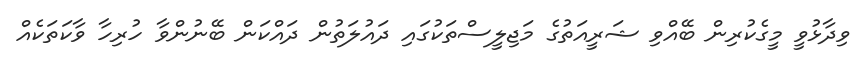
ވިދާޅުވީ މީގެކުރިން ބޭއްވި ޝަރީއަތުގެ މަޖިލީސްތަކުގައި ދައުލަތުން ދައްކަން ބޭނުންވާ ހުރިހާ ވާކަތަކެއް